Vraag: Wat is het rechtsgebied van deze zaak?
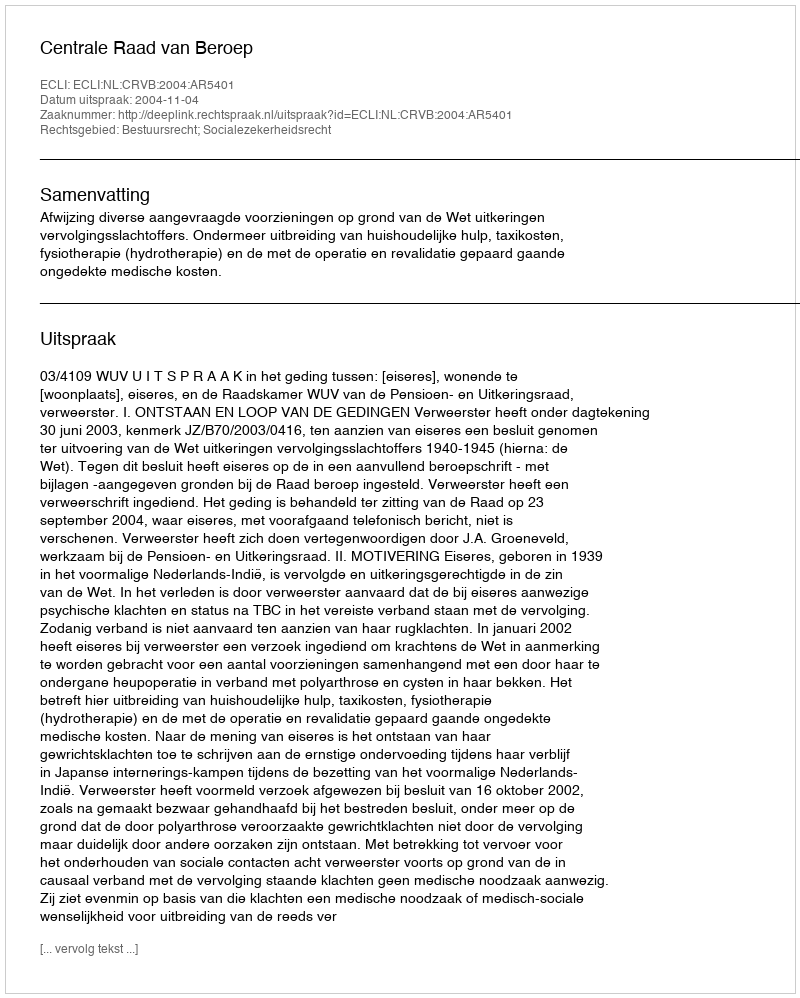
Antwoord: Bestuursrecht; Socialezekerheidsrecht